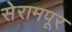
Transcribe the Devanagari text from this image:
सेरामपूर